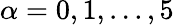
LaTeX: \alpha=0,1,...,5